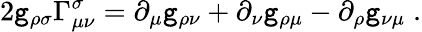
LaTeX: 2{\tt g}_{\rho\sigma}\Gamma_{\mu\nu}^{\sigma}=\partial_{\mu}{\tt g}_{\rho\nu}+\partial_{\nu}{\tt g}_{\rho\mu}-\partial_{\rho}{\tt g}_{\nu\mu}\; .